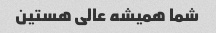
شما همیشه عالی هستین